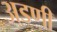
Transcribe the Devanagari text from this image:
अडणी